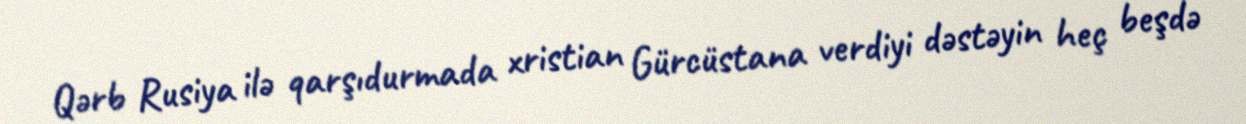
Qərb Rusiya ilə qarşıdurmada xristian Gürcüstana verdiyi dəstəyin heç beşdə